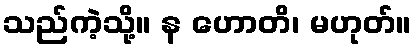
သည်ကဲ့သို့။ န ဟောတိ၊ မဟုတ်။